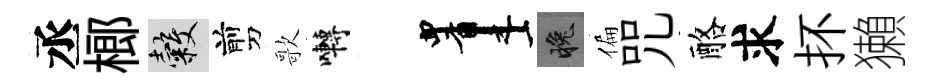
丞榔穀剪歌囀画晚偏咒酪求抔獺